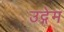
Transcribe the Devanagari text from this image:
उद्गेम